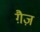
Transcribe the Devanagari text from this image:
ग़ैज़